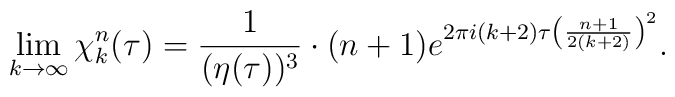
\lim_{k \rightarrow \infty} \chi_k^n(\tau) =  {1 \over {(\eta(\tau))^3}}   \cdot (n+1)  e^{2 \pi i (k+2) \tau \left({{n+1} \over {2(k+2)}} \right)^2}.